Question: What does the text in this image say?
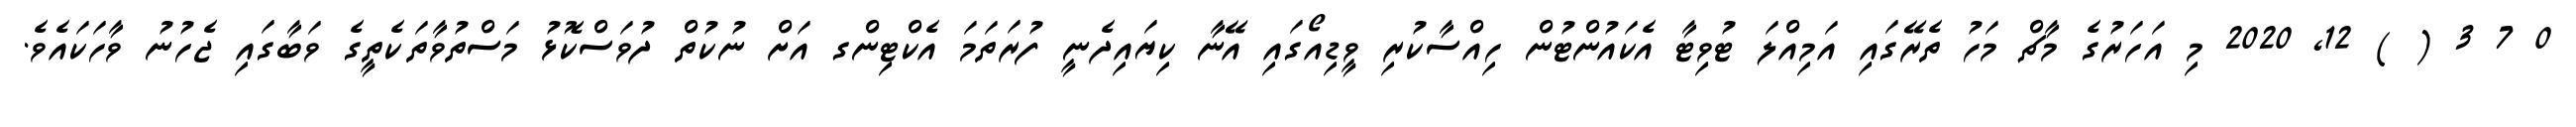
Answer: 0 7 3 ( ) 12, 2020 މި އަހަރުގެ މާޗް މަހު ތެރޭގައި އަމިއްލަ ޓުވިޓާ އެކައުންޓުން ހިއްސާކުރި ވީޑިއޯގައި އޭނާ ކިޔައިދެނީ ފުރަތަމަ އެކްޓިންގ އަށް ނުކުތް ދުވަސްކޮޅު މަސްތުވާތަކެތީގެ ވަބާގައި ޖެހުނު ވާހަކައެވެ.